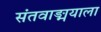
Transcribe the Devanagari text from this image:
संतवाङ्मयाला